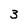
Character: 3